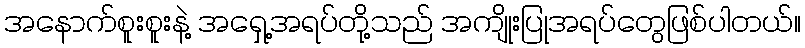
အနောက်စူးစူးနဲ့ အရှေ့အရပ်တို့သည် အကျိုးပြုအရပ်တွေဖြစ်ပါတယ်။